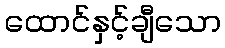
ထောင်နှင့်ချီသော